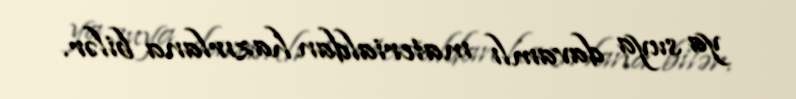
ya suya davamlı materialdan hazırlana bilər.